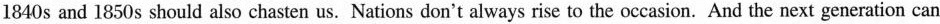
1840 s and 1850 s should also chasten us. Nations don't always rise to the occasion. And the next generation can